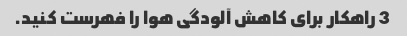
3 راهکار برای کاهش آلودگی هوا را فهرست کنید.